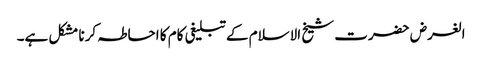
الغرض حضرت شیخ الاسلام کےتبلیغی کام کا احاطہ کرنا مشکل ہے۔